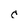
Character: c